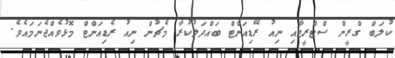
ކުލަބް ގްރީން ސްޓްރީޓާއި ނިއު ރޭޑިއަންޓް ބައްދަލުކުރާ މެޗުން ނިއު ރެޑިއަންޓް މޮޅުވެއްޖެނަމައެވެ.